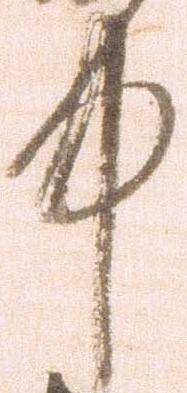
中